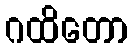
ဂထိတော